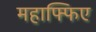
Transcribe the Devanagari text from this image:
महाफ्फिए